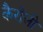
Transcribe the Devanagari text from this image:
कैरोली